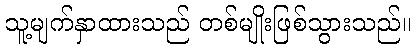
သူ့မျက်နှာထားသည် တစ်မျိုးဖြစ်သွားသည်။